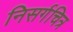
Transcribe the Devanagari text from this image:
निसर्गचित्र